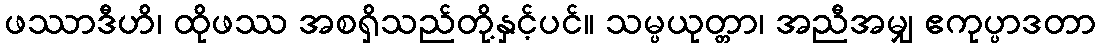
ဖဿာဒီဟိ၊ ထိုဖဿ အစရှိသည်တို့နှင့်ပင်။ သမ္ပယုတ္တာ၊ အညီအမျှ ဧကုပ္ပာဒတာ